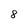
Character: 8